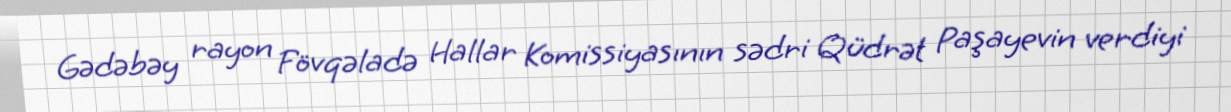
Gədəbəy rayon Fövqəladə Hallar Komissiyasının sədri Qüdrət Paşayevin verdiyi